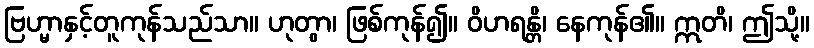
ဗြဟ္မာနှင့်တူကုန်သည်သာ။ ဟုတွာ၊ ဖြစ်ကုန်၍။ ဝိဟရန္တိ၊ နေကုန်၏။ ဣတိ၊ ဤသို့။